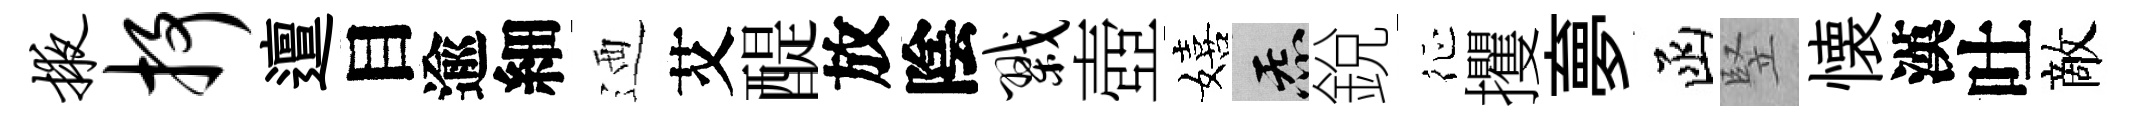
掖抒邅目逾細迺艾醍放陰戮壺嬉炁銳征攫夣函竪懐漢吐敵